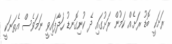
ރަށަކީ ބޮޑު ރަށެއް ކަމުން ރަށުގައި ދެ ކުނިގޮނޑު ހަދާފައިވީ ނަމަވެސް އެތަނަކީ